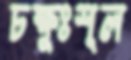
চক্ষুঃশূল